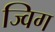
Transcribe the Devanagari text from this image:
ज्विग